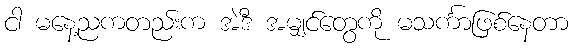
ငါ မနေ့ညကတည်းက အဲဒီ အမျှင်တွေကို မသင်္ကာဖြစ်နေတာ